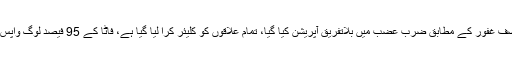
میجر جنرل آضف غفور کے مطابق ضرب عضب میں بلاتفریق آپریشن کیا گیا، تمام علاقوں کو کلیئر کرا لیا گیا ہے، فاٹا کے 95 فیصد لوگ واپس جا چکے ہیں۔